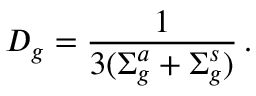
D _ { g } = \frac { 1 } { 3 ( \Sigma _ { g } ^ { a } + \Sigma _ { g } ^ { s } ) } \, .